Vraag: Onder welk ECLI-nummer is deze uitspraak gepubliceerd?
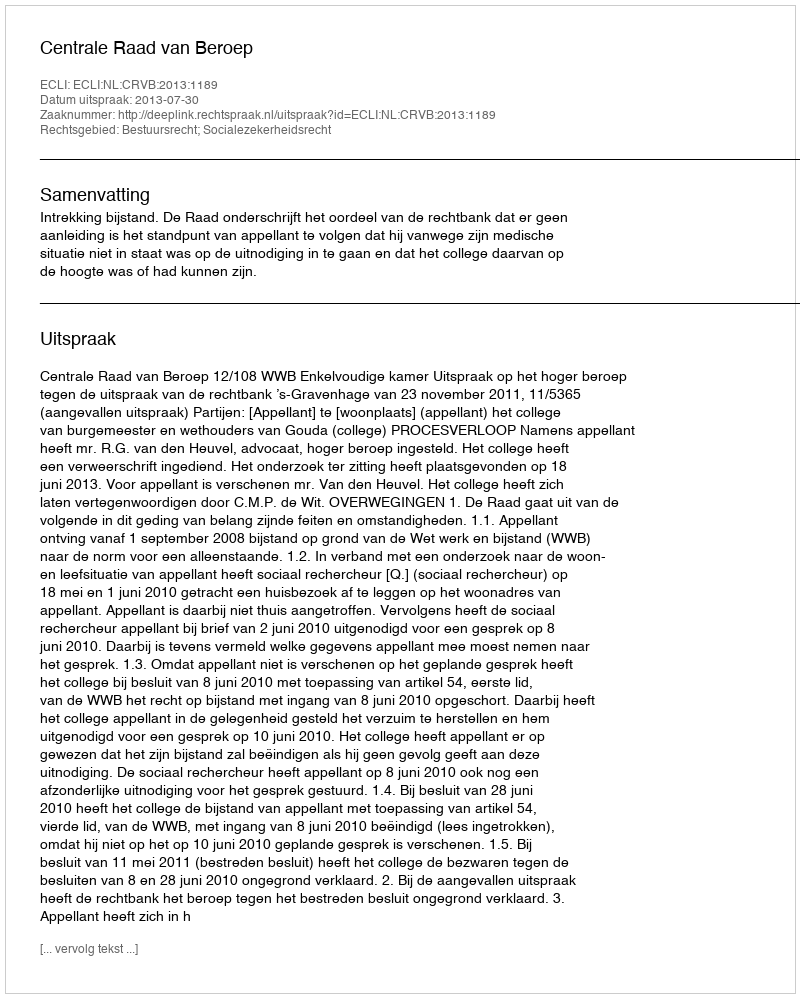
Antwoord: ECLI:NL:CRVB:2013:1189